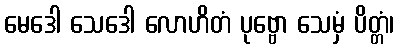
မေဒေါ သေဒေါ လောဟိတံ ပုဗ္ဗော သေမှံ ပိတ္တံ၊